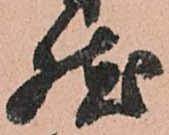
然